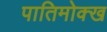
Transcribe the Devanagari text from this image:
पातिमोक्ख